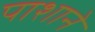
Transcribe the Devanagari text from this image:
पाशाने